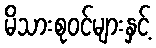
မိသားစုဝင်များနှင့်